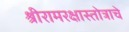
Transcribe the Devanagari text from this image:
श्रीरामरक्षास्तोत्राचे